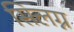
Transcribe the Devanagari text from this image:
सिलग्न